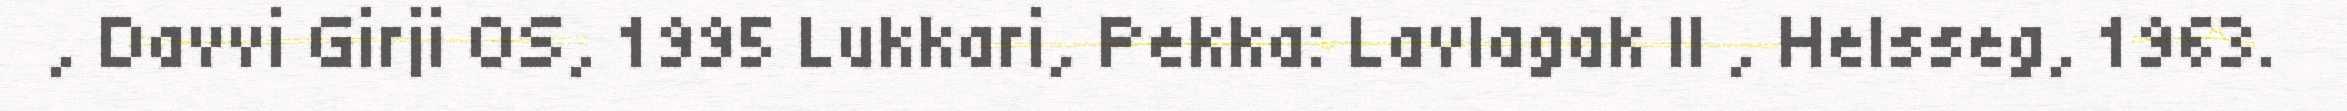
, Davvi Girji OS, 1995 Lukkari, Pekka: Lavlagak II , Helsseg, 1963.